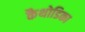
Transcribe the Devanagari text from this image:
कैथोडिका